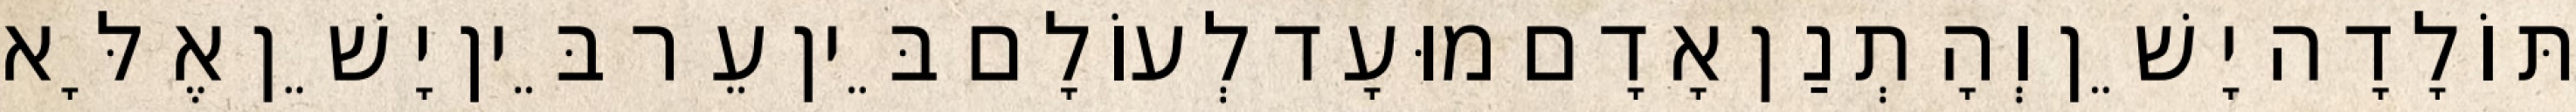
תּוֹלָדָה יָשֵׁן וְהָתְנַן אָדָם מוּעָד לְעוֹלָם בֵּין עֵר בֵּין יָשֵׁן אֶלָּא